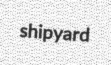
shipyard